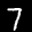
Label: 7